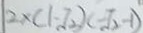
\vert ( 2 \times ( 1 - \sqrt { 2 } ) ( - \sqrt { 2 } - 1 )